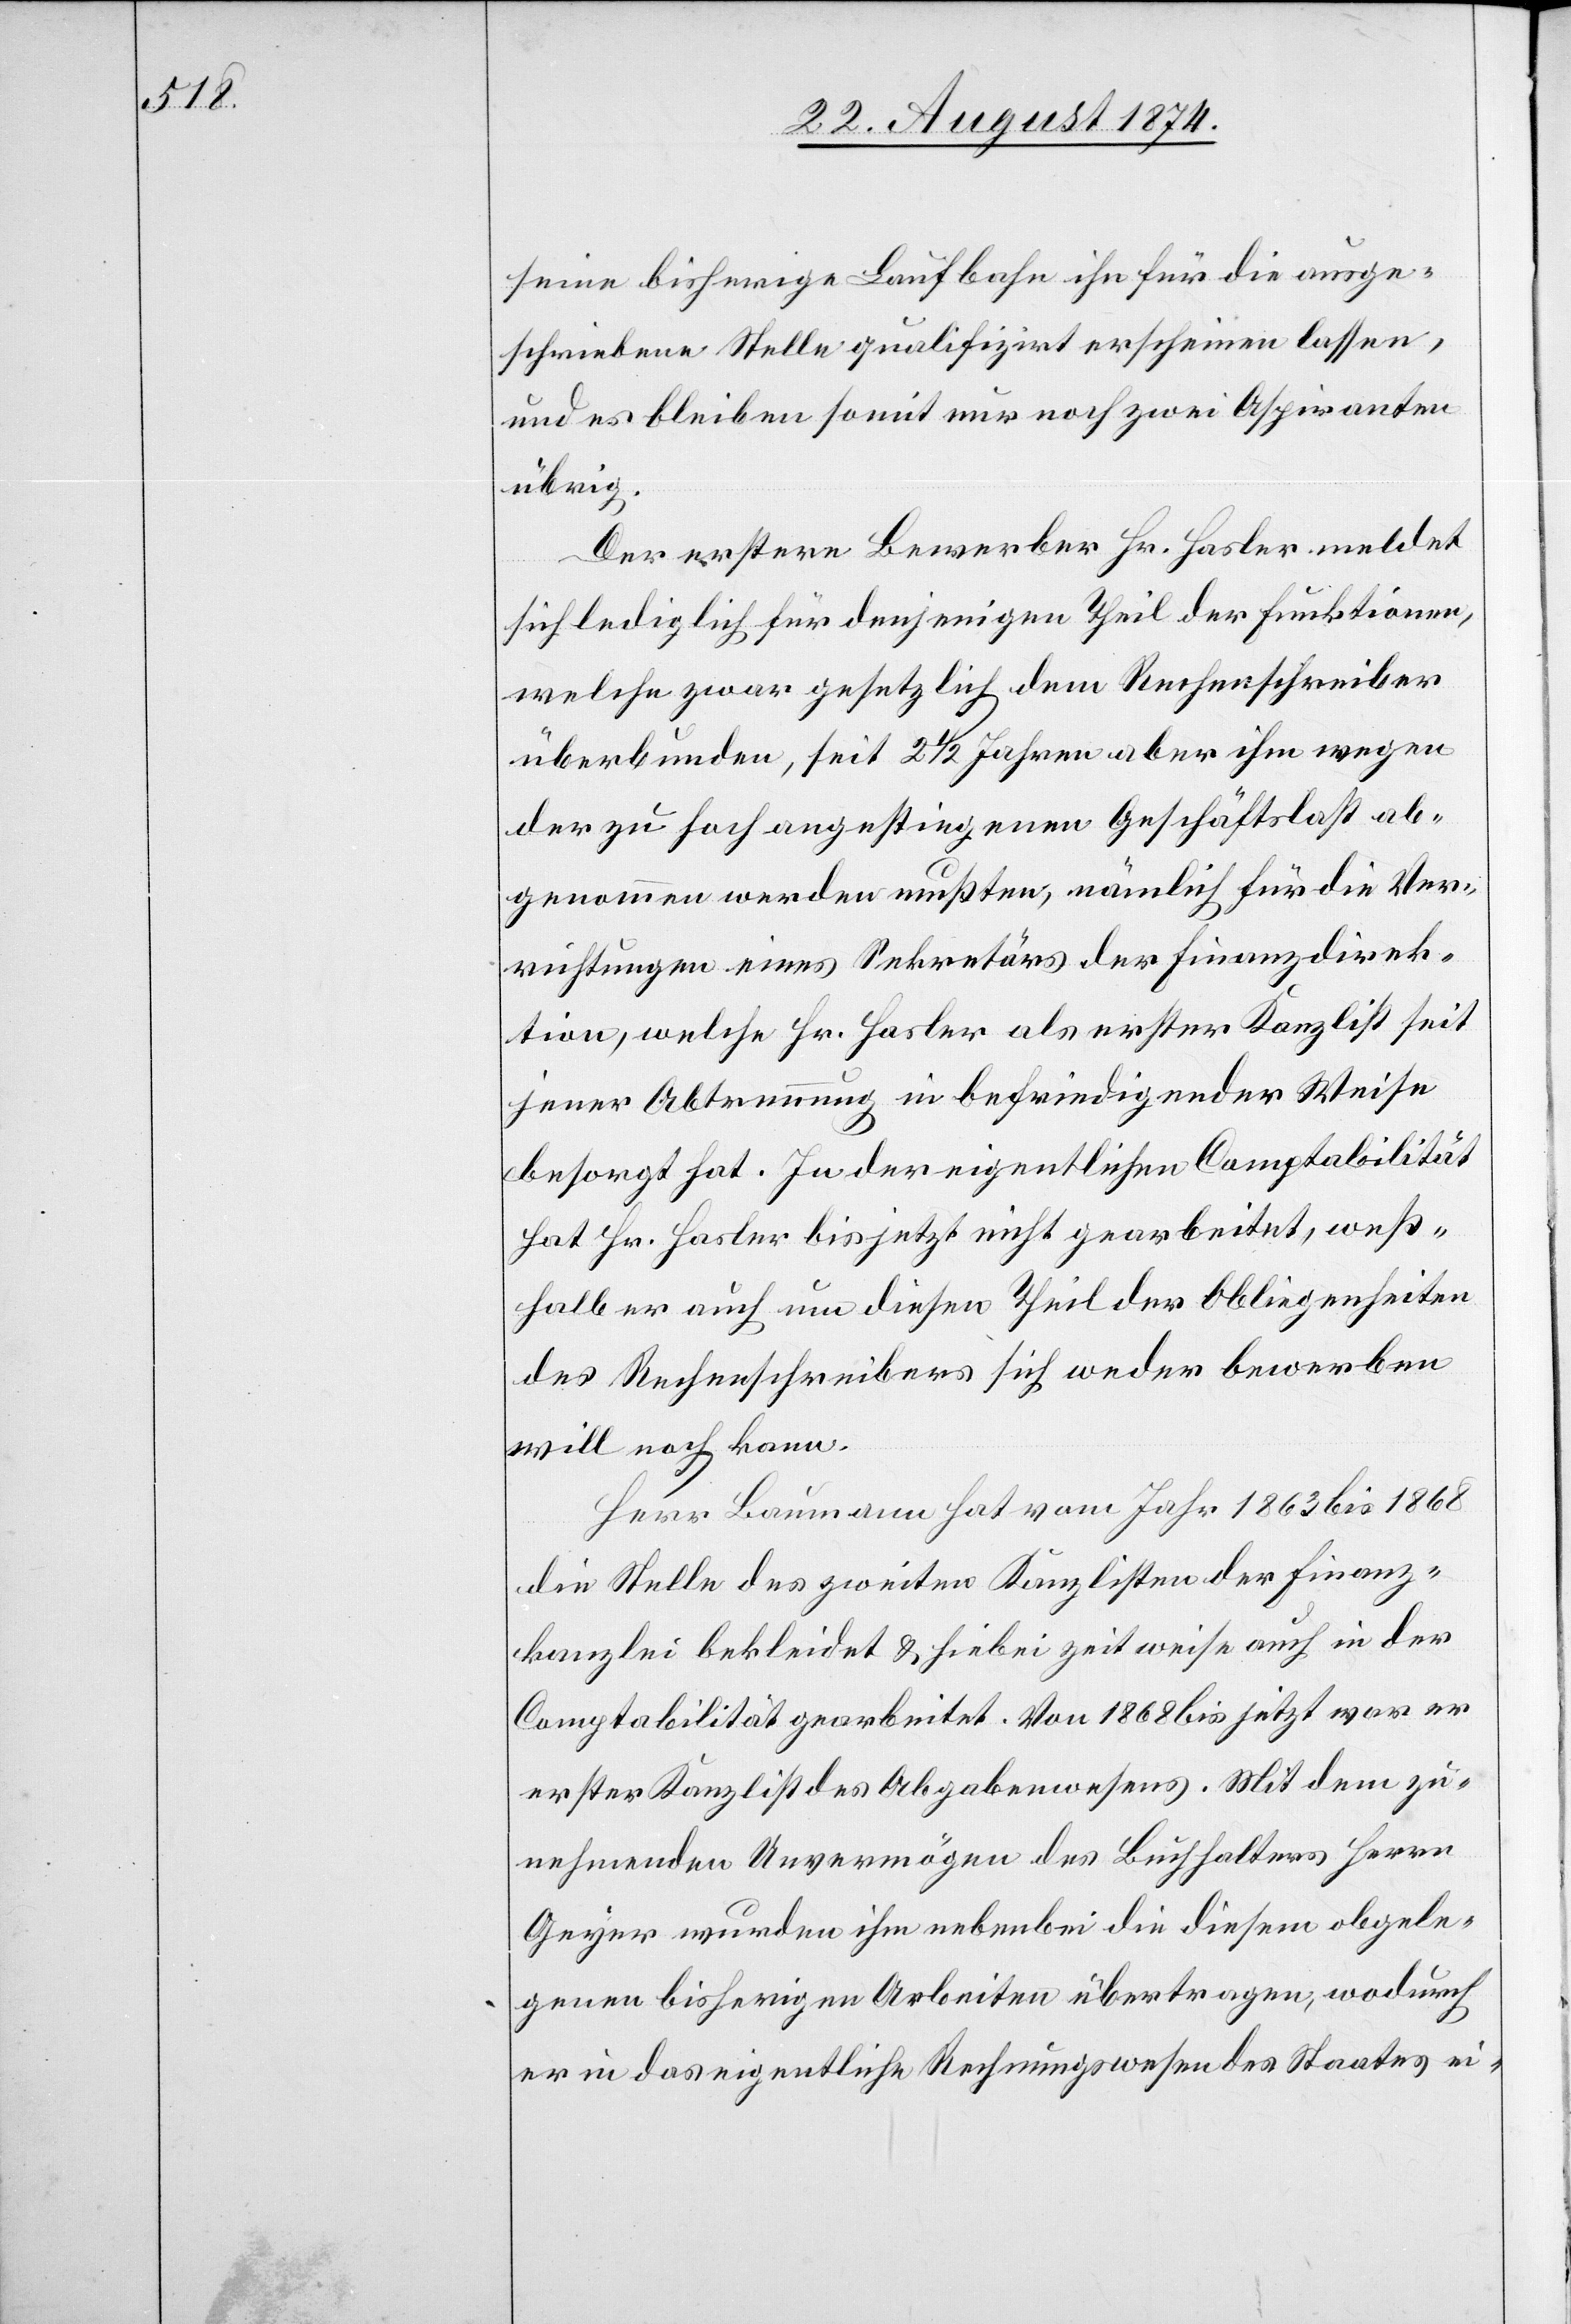
seine bisherige Laufbahn ihn für die ausge¬
schriebene Stelle qualifizirt erscheinen lassen,
und es bleiben somit nur noch zwei Aspiranten
übrig.
Der erstere Bewerber Hr. Hasler meldet
sich lediglich für denjenigen Theil der Funktionen,
welche zwar gesetzlich dem Rechenschreiber
überbunden, seit 2 1/2 Jahren aber ihm wegen
der zu hoch angestiegenen Geschäftslast ab¬
genommen werden mußten, nämlich für die Ver¬
richtungen eines Sekretärs der Finanzdirek¬
tion, welche Hr. Hasler als erster Kanzlist seit
jener Abtrennung in befriedigender Weise
besorgt hat. In der eigentlichen Comptabilität
hat Hr. Hasler bis jetzt nicht gearbeitet weß¬
halb er auch um diesen Theil der Obliegenheiten
des Rechenschreibers sich weder bewerben
will noch kann.
Herr Baumann hat vom Jahr 1863 bis 1868
die Stelle des zweiten Kanzlisten der Finanz¬
kanzlei bekleidet u. hiebei zeitweise auch in der
Comptabilität gearbeitet. Von 1868 bis jetzt war er
erster Kanzlist des Abgabenwesens. Mit dem zu¬
nehmenden Unvermögen des Buchhalters Herrn
Geyer wurden ihm nebenbei die diesem obgele¬
genen bisherigen Arbeiten übertragen, wodurch
er in das eigentliche Rechnungswesen des Staates ei-